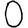
Digit: 0